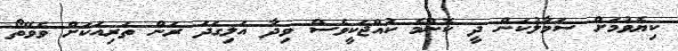
ކިޔެވުމަށް ސަމާލުކަން ދީ ކޮންމެ ކުއްޖަކީވެސް ވިދާ އަލިގަދަ ރަން ތަރިއަކަށް ވެވޭތޯ